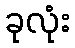
ခုလုံး